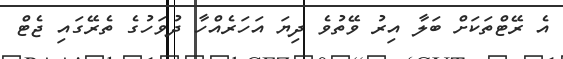
އެ ރޭޓްތަކަށް ބަލާ އިރު ވޭތުވެ ދިޔަ އަހަރެއްހާ ދުވަހުގެ ތެރޭގައި ޖެޓް